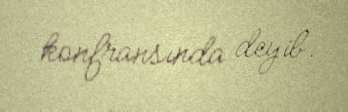
konfransında deyib.